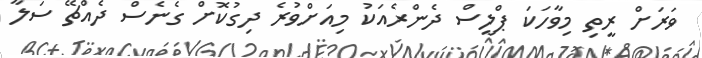
ވަރަށް ރީތި މިވާހަކަ ޕްލީސް ދެންރެއަކު މިއަށްވުރެ ދިގުކޮށް ގެނެސް ދެއްޗޭ ސަލާ